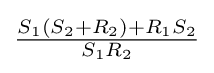
{\tfrac {S_{1}(S_{2}+R_{2})+R_{1}S_{2}}{S_{1}R_{2}}}